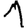
Digit: 1